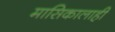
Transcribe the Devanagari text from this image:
मासिकालाही